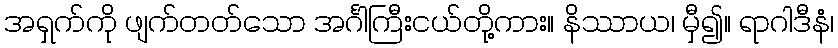
အရှက်ကို ဖျက်တတ်သော အင်္ဂါကြီးငယ်တို့ကား။ နိဿာယ၊ မှီ၍။ ရာဂါဒီနံ၊